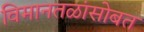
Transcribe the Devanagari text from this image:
विमानतळांसोबत